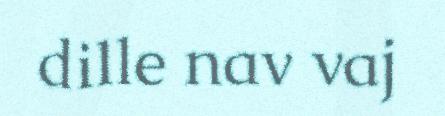
dille nav vaj